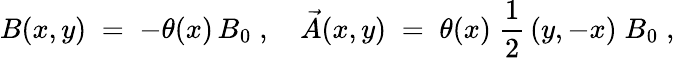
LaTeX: B(x,y)\; =\; -\theta(x)\, B_{0}\; ,\quad\vec{A}(x,y)\; =\; \theta(x)\; \frac{1}{2}\, (y,-x)\; B_{0}\; ,